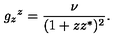
g _ { z } { } ^ { z } = \frac { \nu } { ( 1 + z z ^ { * } ) ^ { 2 } } .